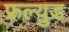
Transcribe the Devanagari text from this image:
फ्रल्युड